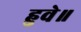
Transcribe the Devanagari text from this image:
हुवे॥